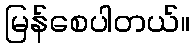
မြန်စေပါတယ်။